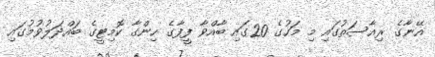
އޭނާގެ ރިއާސަތުގައި މި މަހުގެ 20ގައި ބާއްވާ ފީފާގެ ހިންގާ ކޮމިޓީގެ ބައްދަލުވުމުގައި